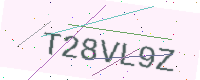
Text: T28VL9Z